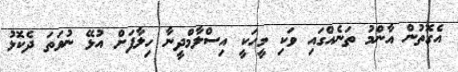
އެގޮތުން އާންމު ތަނެއްގައި ވަކި މީހަކީ އިސްލާމްދީނާ ހިލާފަށް އުޅޭ ނުވަތަ ދެކޮޅު